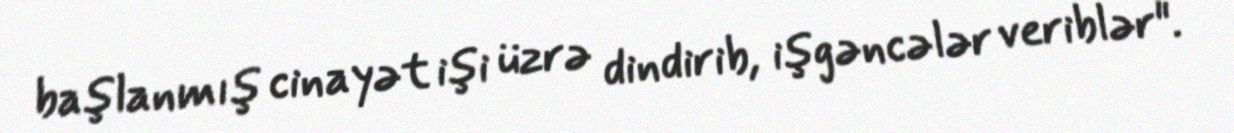
başlanmış cinayət işi üzrə dindirib, işgəncələr veriblər".